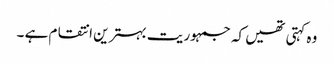
وہ کہتی تھیں کہ جمہوریت بہترین انتقام ہے ۔